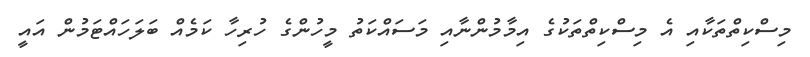
މިސްކިތްތަކާއި އެ މިސްކިތްތަކުގެ އިމާމުންނާއި މަސައްކަތު މީހުންގެ ހުރިހާ ކަމެއް ބަލަހައްޓަމުން އައީ